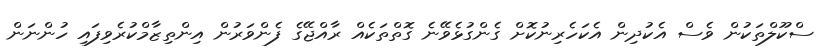
ސްކޫލްތަކުން ވެސް އެކުދިން އެކަހެރިނުކޮށް ގެންގުޅެވޭނެ ގޮތްތަކެއް ރާއްޖޭގެ ފެންވަރުން އިންތިޒާމްކުރެވިފައި ހުންނަން